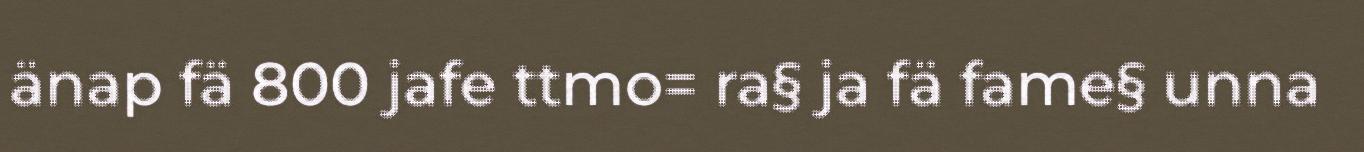
änap fä 800 jafe ttmo= ra§ ja fä fame§ unna